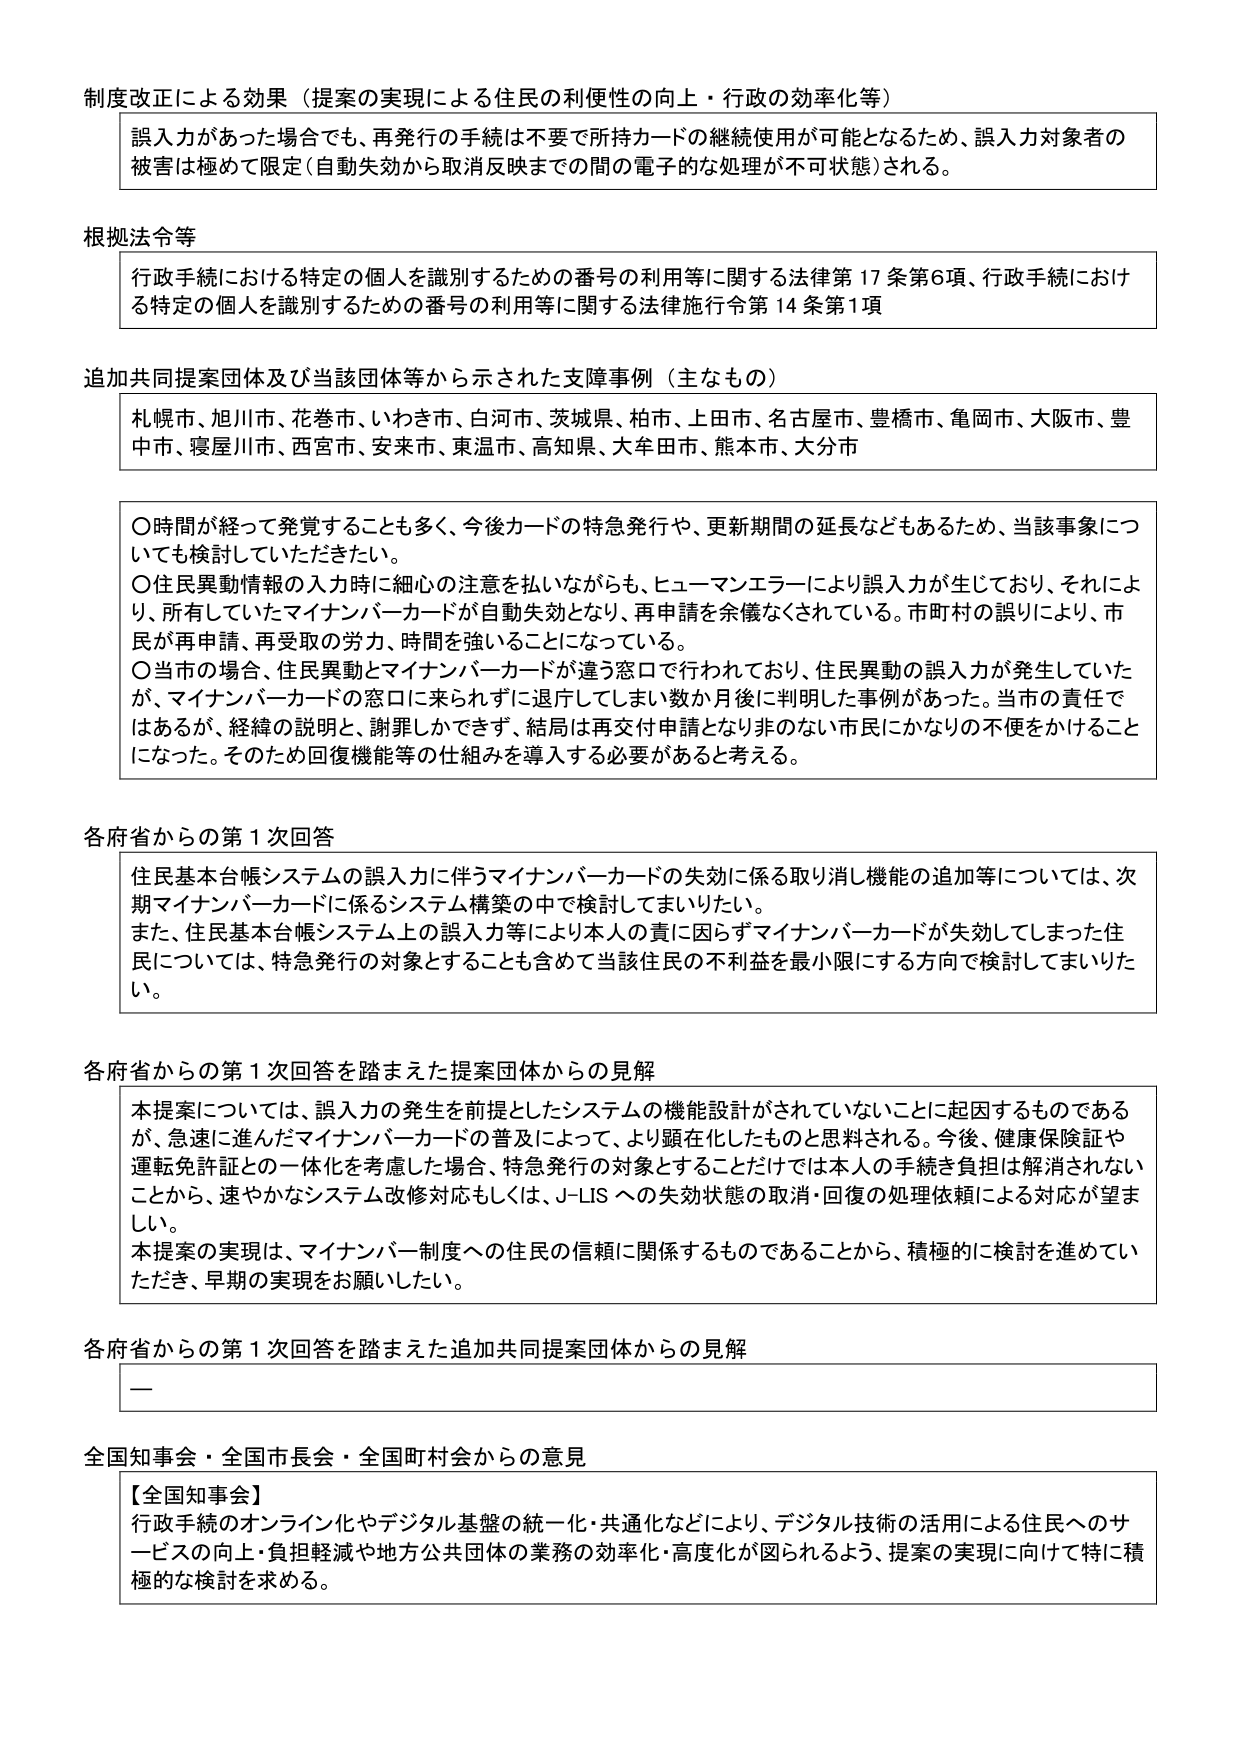
制度改正による効果（提案の実現による住民の利便性の向上・行政の効率化等）
誤入力があった場合でも、再発行の手続は不要で所持カードの継続使用が可能となるため、誤入力対象者の被害は極めて限定（自動失効から取消反映までの間の電子的な処理が不可状態）される。

根拠法令等
行政手続における特定の個人を識別するための番号の利用等に関する法律第17条第6項、行政手続における特定の個人を識別するための番号の利用等に関する法律施行令第14条第1項

追加共同提案団体及び当該団体等から示された支援事例（主なもの）
札幌市、旭川市、花巻市、いわき市、白河市、茨城県、柏市、上田市、名古屋市、豊橋市、亀岡市、大阪市、豊中市、寝屋川市、西宮市、安来市、東温市、高知県、大牟田市、熊本市、大分市

○時間が経って発覚することも多く、今後カードの特急発行や、更新期間の延長などもあるため、当該事象についても検討していただきたい。
○住民異動情報の入力時に細心の注意を払いながらも、ヒューマンエラーにより誤入力が生じており、それにより、所有していたマイナンバーカードが自動失効となり、再申請を余儀なくされている。市町村の誤りにより、市民が再申請、再受取の労力、時間を強いことになっている。
○当市の場合、住民異動とマイナンバーカードが違う窓口で行われており、住民異動の誤入力が発生していたが、マイナンバーカードの窓口に来られずに退庁してしまい数か月後に判明した事例があった。当市の責任ではあるが、経緯の説明と、謝罪しかできず、結局は再交付申請となり非のない市民にかなりの不便をかけることになった。そのため回復機能等の仕組みを導入する必要があると考える。

各府省からの第1次回答
住民基本台帳システムの誤入力に伴うマイナンバーカードの失効に係る取り消し機能の追加等については、次期マイナンバーカードに係るシステム構築の中で検討してまいりたい。
また、住民基本台帳システム上の誤入力等により本人の責に因らずマイナンバーカードが失効してしまった住民については、特急発行の対象とすることも含めて当該住民の不利益を最小限にする方向で検討してまいりたい。

各府省からの第1次回答を踏まえた提案団体からの見解
本提案については、誤入力の発生を前提としたシステムの機能設計がされていないことに起因するものであるが、急速に進んだマイナンバーカードの普及によって、より顕在化したものと料される。今後、健康保険証や運転免許証との一体化を考慮した場合、特急発行の対象とすることだけでは本人の手続き負担は解消されないことから、速やかなシステム改修対応もしくは、J-LISへの失効状態の取消・回復の処理依頼による対応が望ましい。
本提案の実現は、マイナンバー制度への住民の信頼に関係するものであることから、積極的に検討を進めていただき、早期の実現をお願いしたい。

各府省からの第1次回答を踏まえた追加共同提案団体からの見解
—

全国知事会・全国市長会・全国町村会からの意見
【全国知事会】
行政手続のオンライン化やデジタル基盤の統一・共通化などにより、デジタル技術の活用による住民へのサービスの向上・負担軽減や地方公共団体の業務の効率化・高度化が図られるよう、提案の実現に向けて特に積極的な検討を求める。